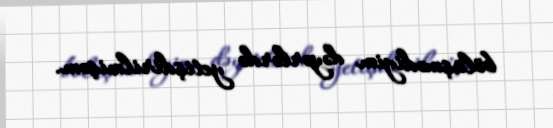
bölüşmədiyim dəyərlərdə yetişdirilmişəm.